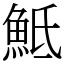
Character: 𩶅